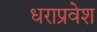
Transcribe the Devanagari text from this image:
धराप्रवेश